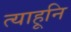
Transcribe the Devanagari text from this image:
त्याहूनि